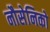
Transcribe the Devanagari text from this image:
नौसेनिको